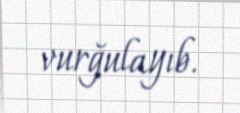
vurğulayıb.